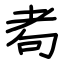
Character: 耇